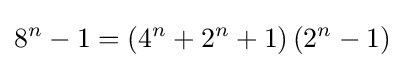
8^{n}-1=\left(4^{n}+2^{n}+1\right)\left(2^{n}-1\right)